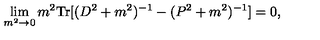
\lim _ { m ^ { 2 } \to 0 } m ^ { 2 } \mathrm { T r } [ ( D ^ { 2 } + m ^ { 2 } ) ^ { - 1 } - ( P ^ { 2 } + m ^ { 2 } ) ^ { - 1 } ] = 0 ,